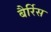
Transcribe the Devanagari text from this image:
बैर्रिस